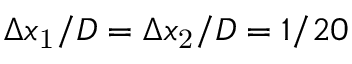
\Delta x _ { \mathrm { 1 } } / D = \Delta x _ { \mathrm { 2 } } / D = 1 / 2 0